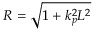
R = \sqrt { 1 + k _ { p } ^ { 2 } L ^ { 2 } }